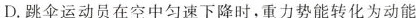
D. 跳伞运动员在空中匀速下降时，重力势能转化为动能